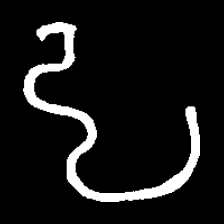
Pyu character \u2014 Myanmar letter: ဠ (romanized: lla)